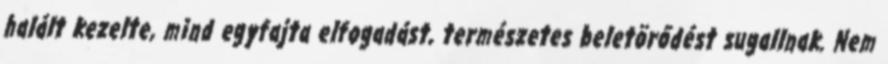
halált kezelte, mind egyfajta elfogadást, természetes beletörődést sugallnak. Nem